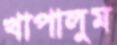
খাপালুম